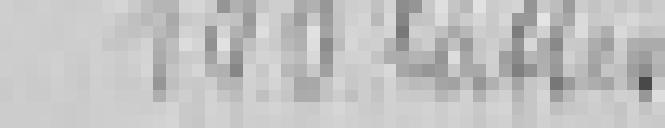
100 lattes